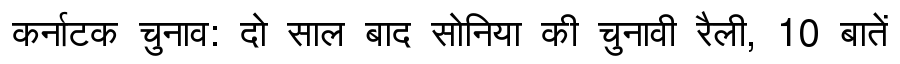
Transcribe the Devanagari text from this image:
कर्नाटक चुनाव: दो साल बाद सोनिया की चुनावी रैली, 10 बातें